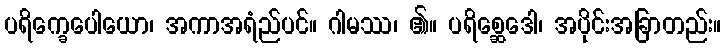
ပရိက္ခေပေါယော၊ အကာအရံည်ပင်။ ဂါမဿ၊ ၏။ ပရိစ္ဆေဒေါ၊ အပိုင်းအခြာတည်း။